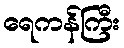
ရေကန်ကြီး